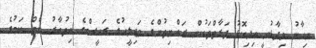
ނިހާނު ވިދާޅުވީ އިދިކޮޅު ފަރާތްތަކުން ރައްޔިތުންގެ މަޖިލީހުގެ ރައީސްގެ އިތުބާރު ނެތް ކަމުގެ